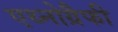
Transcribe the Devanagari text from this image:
एथ्नोग्रैफी